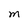
Character: M